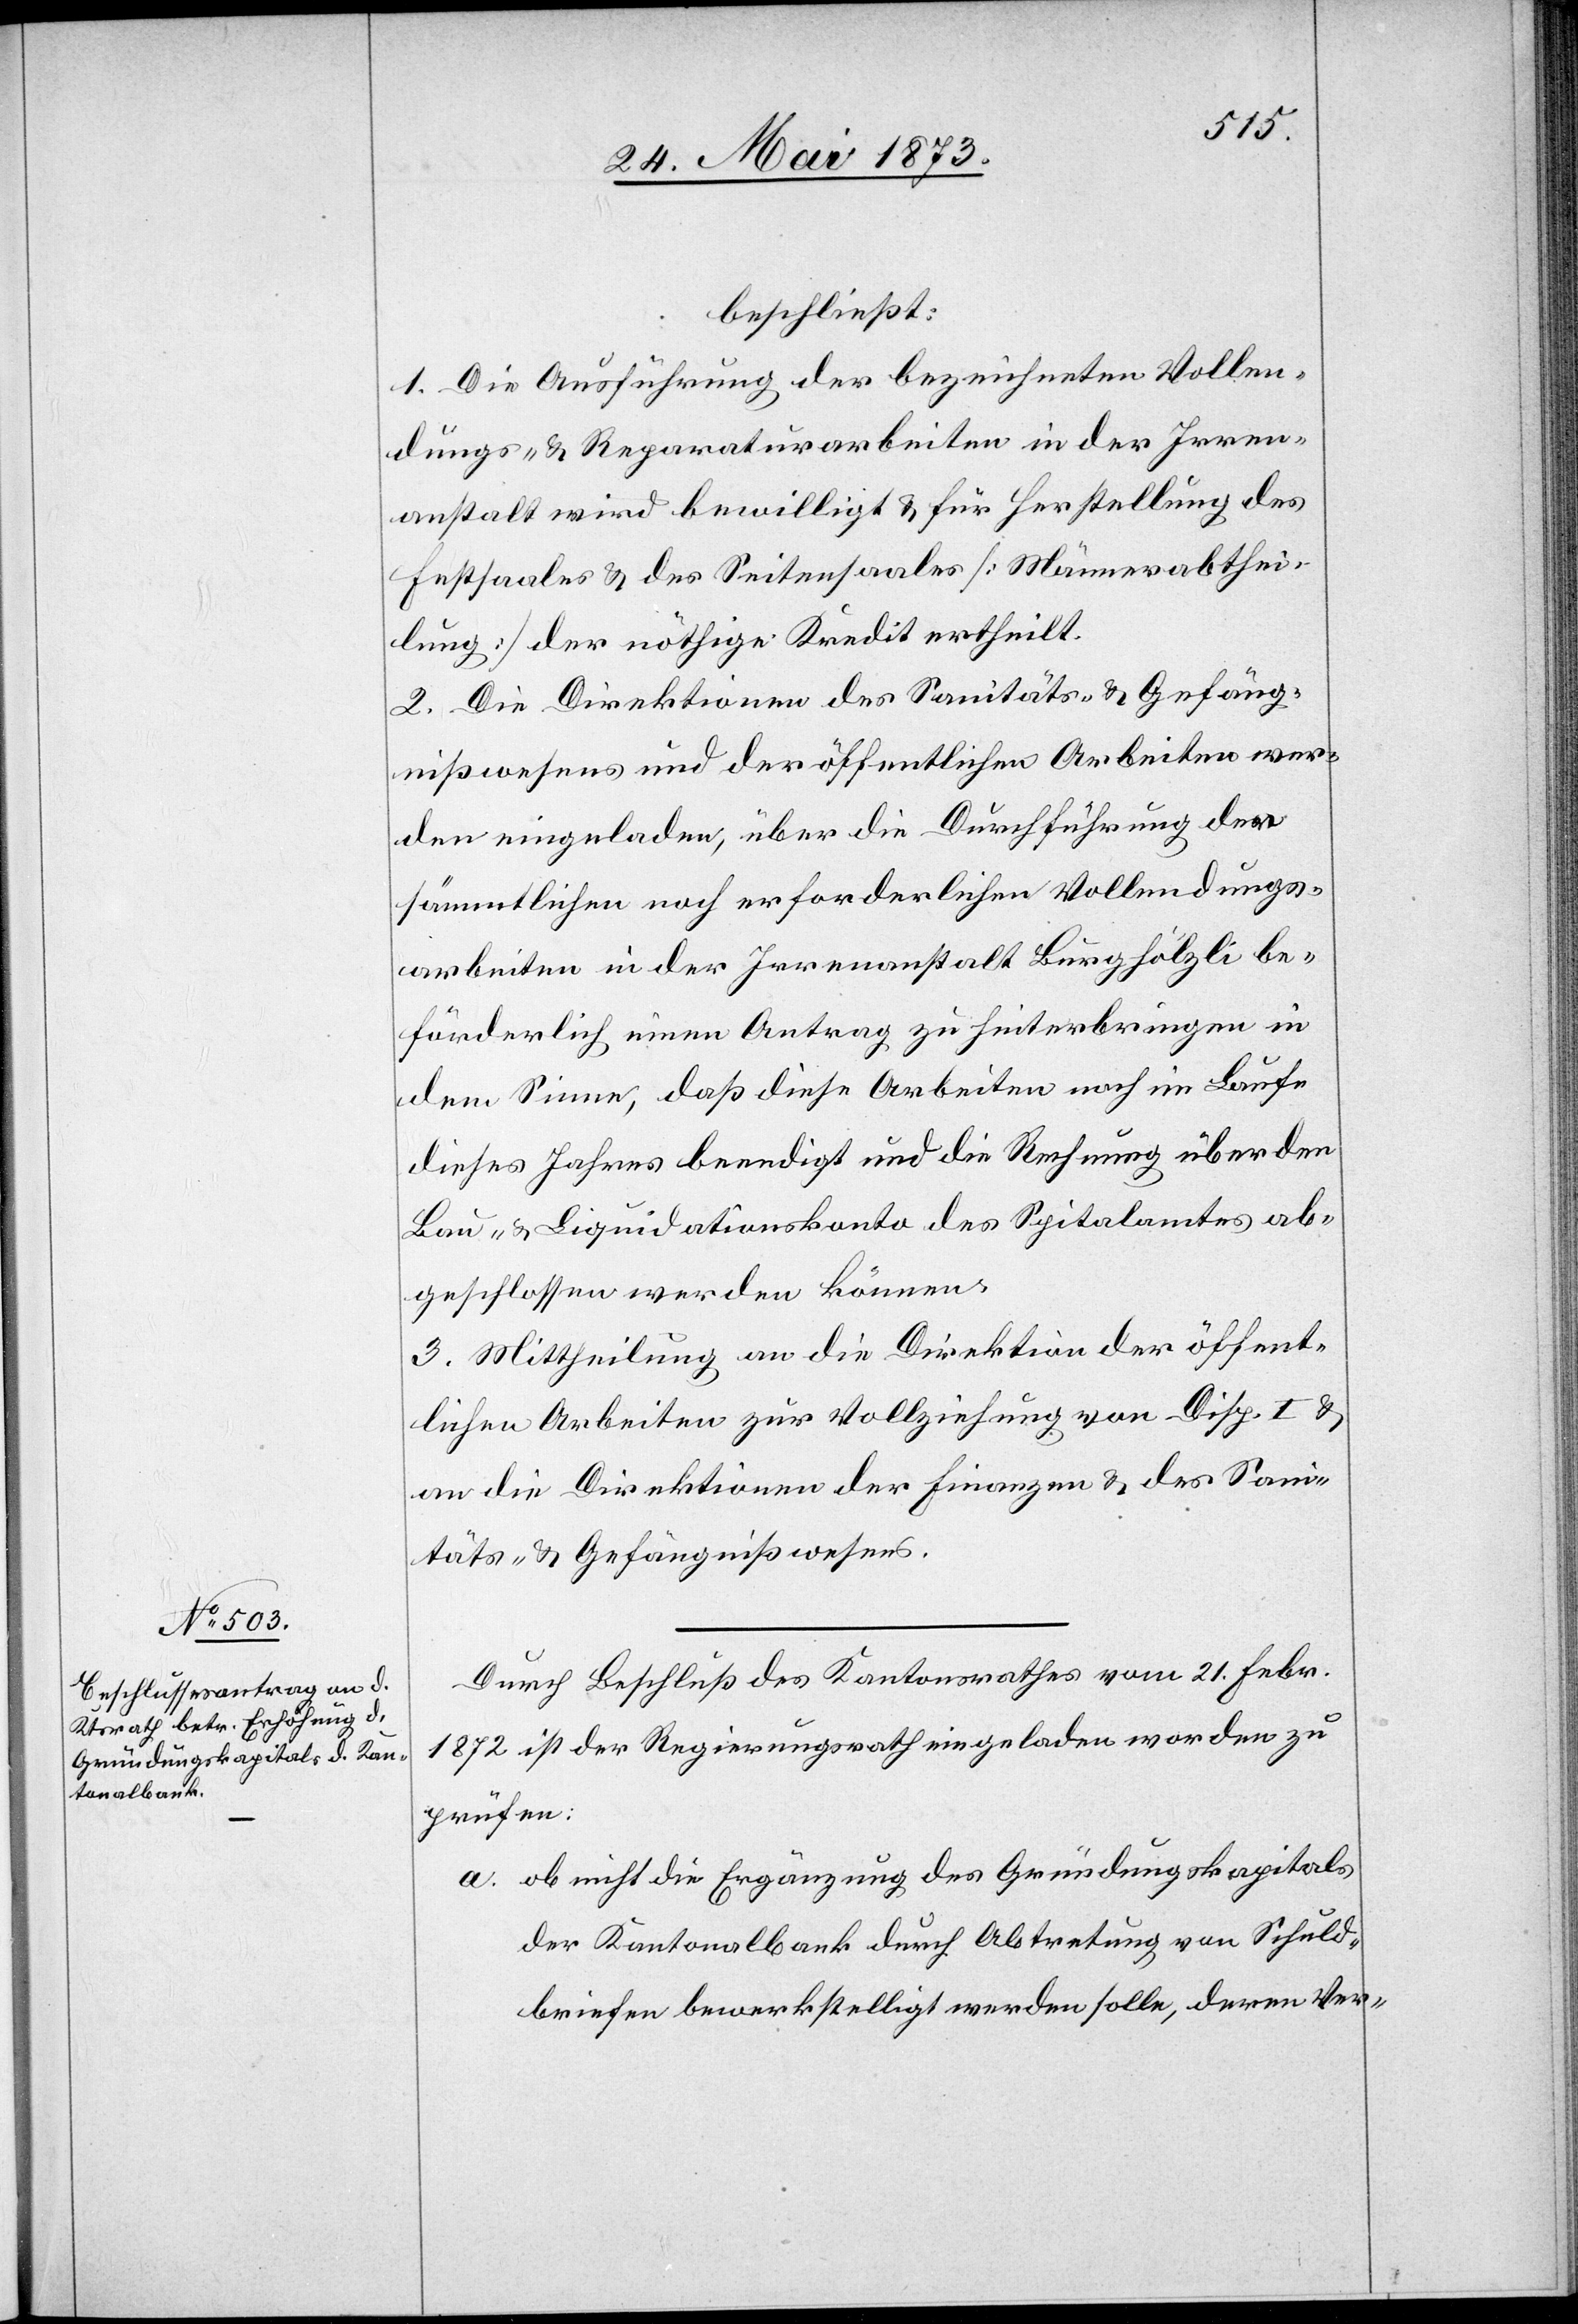
beschließt:
1. Die Ausführung der bezeichneten Vollen¬
dungs- & Reparaturarbeiten in der Irren¬
anstalt wird bewilligt & für Herstellung des
Festsaales & des Seitensaales [Männerabthei¬
lung] der nöthige Kredit ertheilt.
2. Die Direktion des Sanitäts- & Gefäng¬
nißwesens und der öffentlichen Arbeiten wer¬
den eingeladen, über die Durchführung der
sämmtlichen noch erforderlichen Vollendungs¬
arbeiten in der Irrenanstalt Burghölzli be¬
förderlich einen Antrag zu hinterbringen in
dem Sinne, daß diese Arbeiten noch im Laufe
dieses Jahre beendigt und die Rechnung über den
Bau- & Liquidationskonto des Spitalamtes ab¬
geschlossen werden können.
3. Mittheilung an die Direktion der öffent¬
lichen Arbeiten zur Vollziehung von Disp. I. &
an die Direktion der Finanzen & des Sani¬
täts- & Gefängnißwesens.
Durch Beschluß des Kantonsrathes vom 21. Febr.
1872 ist der Regierungsrath eingeladen worden zu
prüfen:
a. ob nicht die Ergänzung des Gründungskapitals
der Kantonalbank durch Abtretung von Schuld¬
briefen bewerkstelligt werden solle, deren Ver-